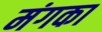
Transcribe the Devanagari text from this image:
मंगका